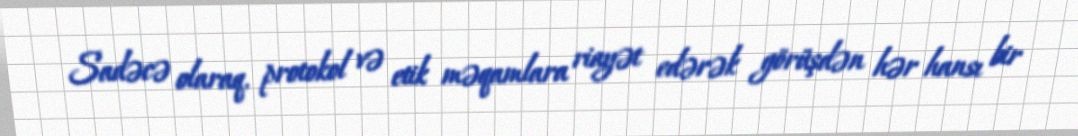
Sadəcə olaraq, protokol və etik məqamlara riayət edərək görüşdən hər hansı bir